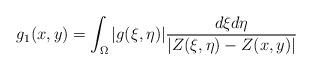
LaTeX: \begin{align*}g_{1}(x,y)=\displaystyle\int_{\Omega}|g(\xi,\eta)|\frac{d\xi d\eta}{|Z(\xi,\eta)-Z(x,y)|}\end{align*}